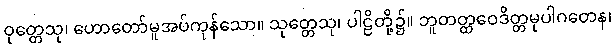
ဝုတ္တေသု၊ ဟောတော်မူအပ်ကုန်သော။ သုတ္တေသု၊ ပါဠိတို့၌။ ဘူတတ္ထဝေဒိတ္တမုပါဂတေန၊